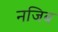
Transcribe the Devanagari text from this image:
नजिब